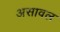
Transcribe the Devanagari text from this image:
असावल